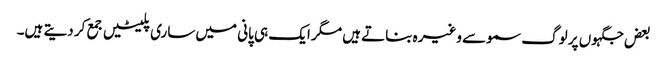
بعض جگہوں پر لوگ سموسے وغیرہ بناتے ہیں مگر ایک ہی پانی میں ساری پلیٹیں جمع کر دیتے ہیں۔